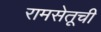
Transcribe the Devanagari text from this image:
रामसेतूची